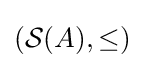
({\mathcal {S}}(A),\leq )